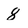
Character: 8